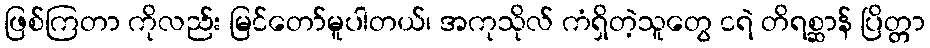
ဖြစ်ကြတာ ကိုလည်း မြင်တော်မူပါတယ်၊ အကုသိုလ် ကံရှိတဲ့သူတွေ ငရဲ တိရစ္ဆာန် ပြိတ္တာ